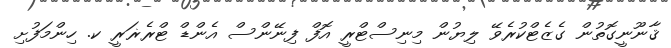
ޤާނޫނީގޮތުން ގެޒެޓްކުރެވޭ ލިޔުން މިނިސްޓްރީ އޮފް ފިނޭންސް އެންޑް ޓްރެޜަރީ ކ. ހިންމަފުށި